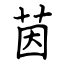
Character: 茵